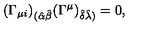
( \Gamma _ { \mu i } ) _ { ( \hat { \alpha } \hat { \beta } } ( \Gamma ^ { \mu } ) _ { \hat { \delta } \hat { \lambda } ) } = 0 ,